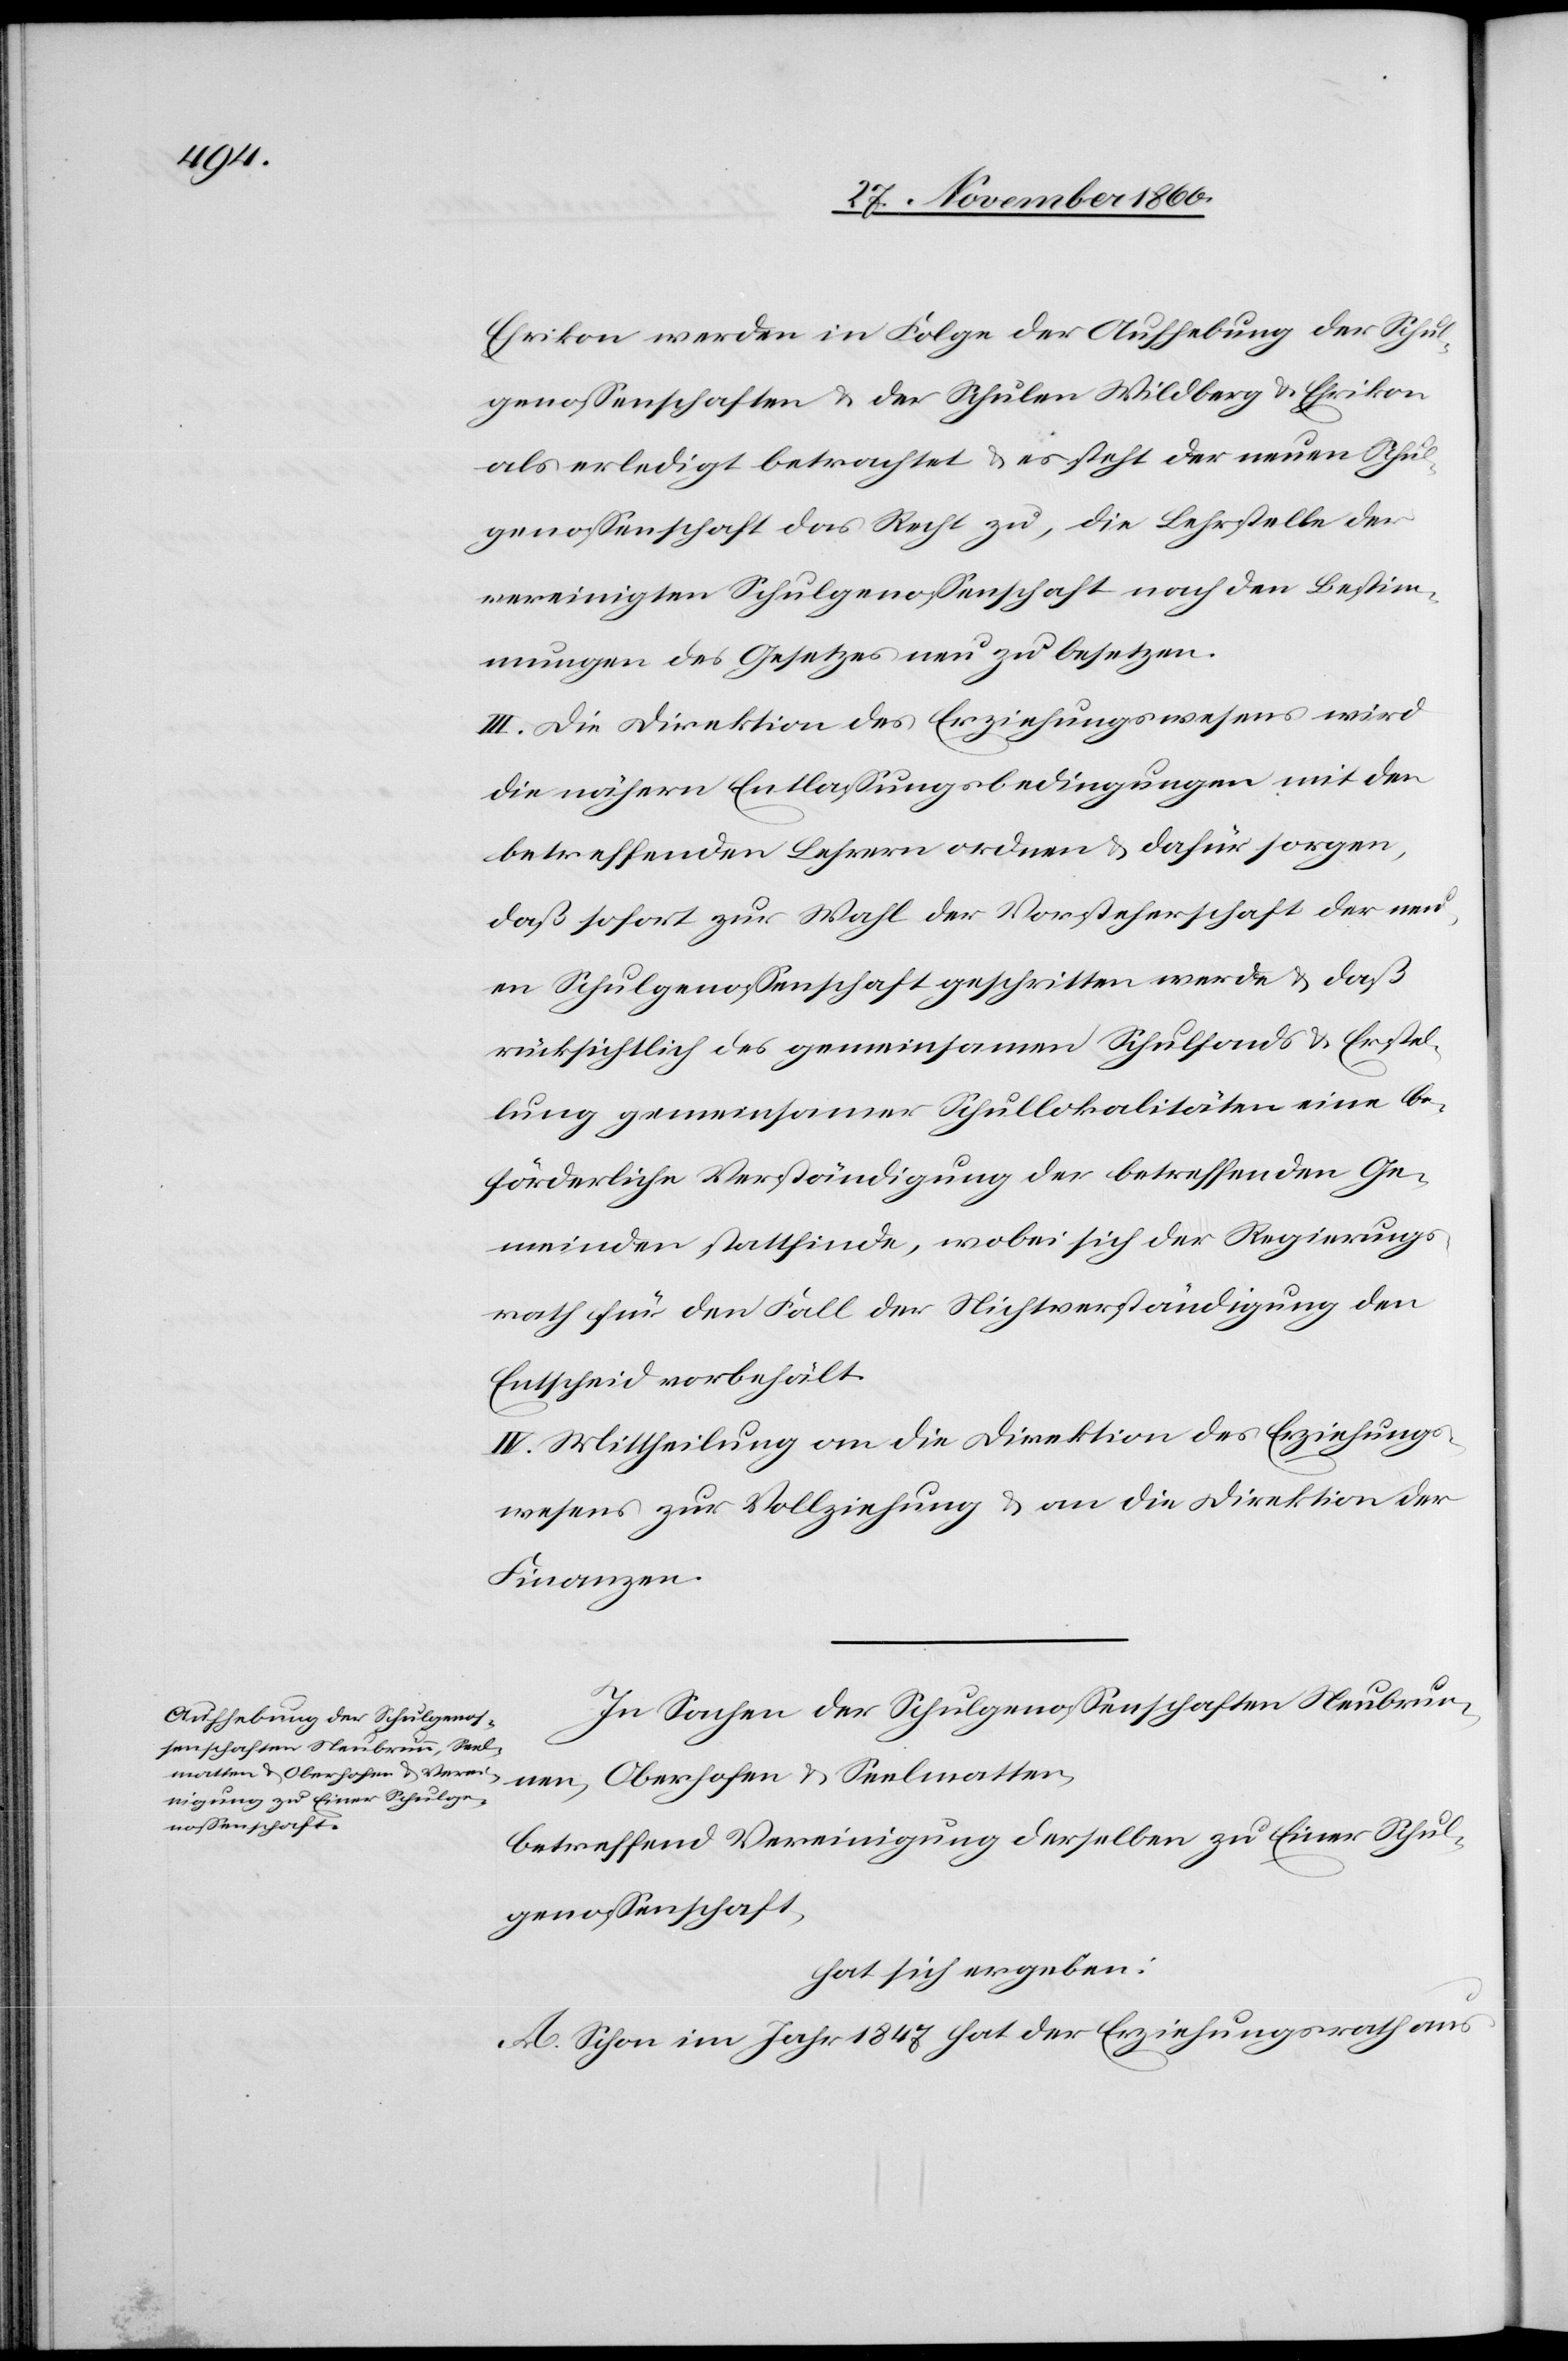
Ehrikon werden in Folge der Aufhebung der Schul¬
genossenschaften u. der Schulen Wildberg u. Ehrikon
als erledigt betrachtet u. es steht der neuen Schul¬
genossenschaft das Recht zu, die Lehrstelle der
vereinigten Schulgenossenschaften nach den Bestim¬
mungen des Gesetzes neu zu besetzen.
III. Die Direktion des Erziehungswesens wird
die nähern Entlassungsbedingungen mit den
betreffenden Lehrern ordnen u. dafür sorgen,
daß sofort zur Wahl der Vorsteherschaft der neu¬
en Schulgenossenschaft geschritten werde u. daß
rücksichtlich des gemeinsamen Schulfonds u. Erstel¬
lung gemeinsamer Schullokalitäten eine be¬
förderliche Verständigung der betreffenden Ge¬
meinden stattfinde, wobei sich der Regierungs¬
rath für den Fall der Nichtverständigung den
Entscheid vorbehält.
IV. Mittheilung an die Direktion des Erziehungs¬
wesens zur Vollziehung u. an die Direktion der
Finanzen.
In Sachen der Schulgenossenschaften Neubrun¬
nen, Oberhofen u. Seelmatten,
betreffend Vereinigung derselben zu Einer Schul¬
genossenschaft,
hat sich ergeben:
A. Schon im Jahr 1847 hat der Erziehungsrath aus